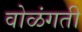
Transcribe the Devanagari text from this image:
वोळंगती